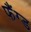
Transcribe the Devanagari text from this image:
फैंग्ड